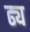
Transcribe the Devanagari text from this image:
ढ्य